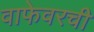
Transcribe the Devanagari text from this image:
वाफेवरची